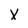
Character: X